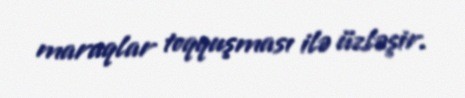
maraqlar toqquşması ilə üzləşir.